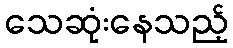
သေဆုံးနေသည့်